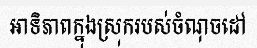
អាទិភាពក្នុងស្រុករបស់ចំណុចដៅ